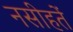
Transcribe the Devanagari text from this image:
नसीहतें